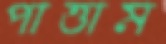
পাত্তাম